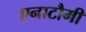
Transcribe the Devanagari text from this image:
एनाटौमी